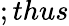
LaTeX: ;thus